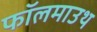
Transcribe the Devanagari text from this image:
फॉलमाउथ